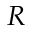
R